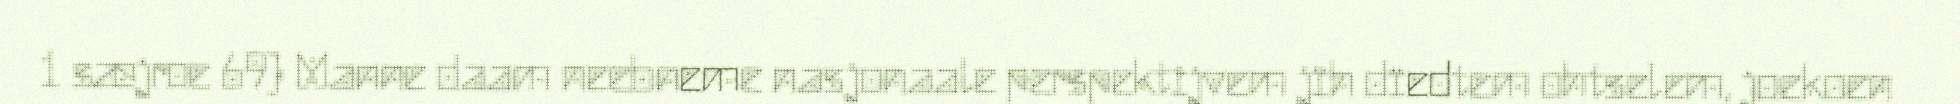
1 sæjroe 69) Manne daam neebneme nasjonaale perspektijvem jïh dïedtem ohtselem, joekoen